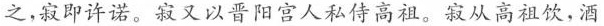
之，寂即许诺。寂又以晋阳宫人私侍高祖。寂从高祖饮，洒